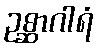
ဥစ္ဆာဂါရံ